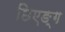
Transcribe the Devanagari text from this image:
छिएङ्ग